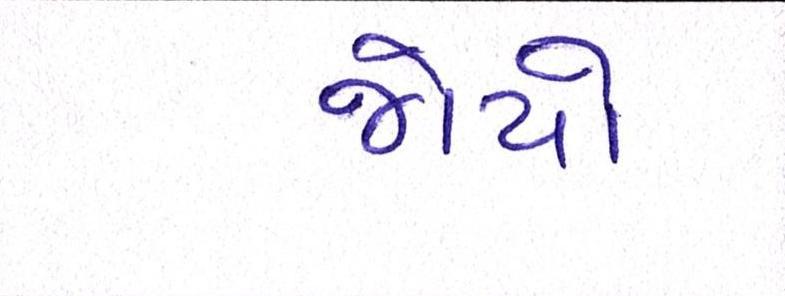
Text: જોયો